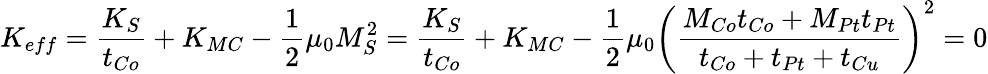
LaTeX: K_{eff}=\frac{K_{S}}{t_{Co}}+K_{MC}-\frac{1}{2}\mu_{0}M_{S}^{2}=\frac{K_{S}}{t_{Co}}+K_{MC}-\frac{1}{2}\mu_{0}\left(\frac{M_{Co}t_{Co}+M_{Pt}t_{Pt}}{t_{Co}+t_{Pt}+t_{Cu}}\right)^{2}=0